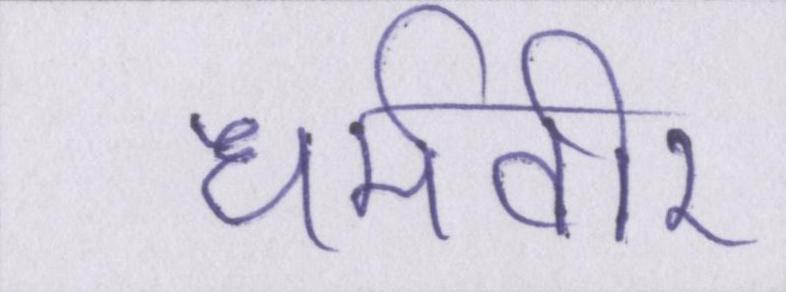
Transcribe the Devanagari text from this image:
धर्मवीर